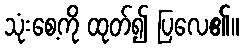
သုံးစေ့ကို ထုတ်၍ ပြလေ၏။